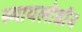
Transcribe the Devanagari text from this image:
स्मायलोडॉन